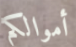
أموالكم